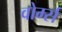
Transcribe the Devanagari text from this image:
वोर्म्स